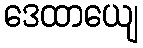
ဒေထာယျေ